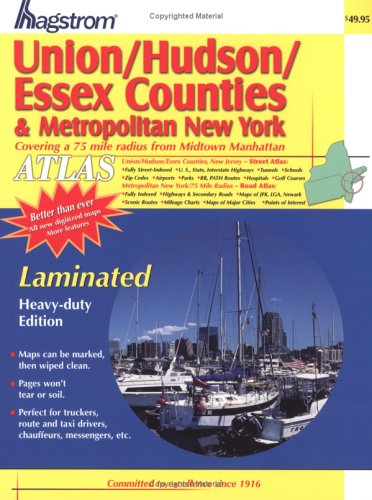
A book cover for Hagstrom Union/Hudson/Essex Counties & Metropolitan New York: Covering a 75 Mile Radius from Midtown Manhattan (Hagstrom Union, Hudson, Essex New Jersey (Spiral/Laminated)); Hagstrom; Travel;